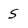
Character: 5